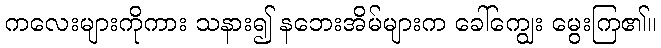
ကလေးများကိုကား သနား၍ နဘေးအိမ်များက ခေါ်ကျွေး မွေးကြ၏။